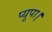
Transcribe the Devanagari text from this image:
प्यूपा।